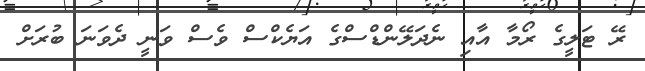
ރޭ ޓަލީގެ ރޯމާ އާއި ނެދަލޭންޑްސްގެ އަޔެކްސް ވެސް ވަނީ ދެވަނަ ބުރަށް